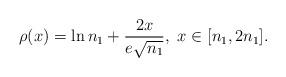
LaTeX: \begin{align*}\rho(x)=\ln n_1+\frac{2x}{e\sqrt{n_1}},\ x\in[n_1,2n_1].\end{align*}